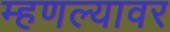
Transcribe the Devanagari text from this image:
म्हणल्यावर